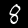
Digit: 8